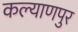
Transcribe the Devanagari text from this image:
कल्‍याणपुर